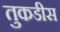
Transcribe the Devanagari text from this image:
तुकडीस